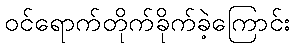
ဝင်ရောက်တိုက်ခိုက်ခဲ့ကြောင်း